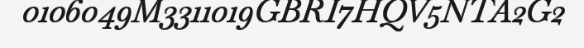
0106049M3311019GBRI7HQV5NTA2G2